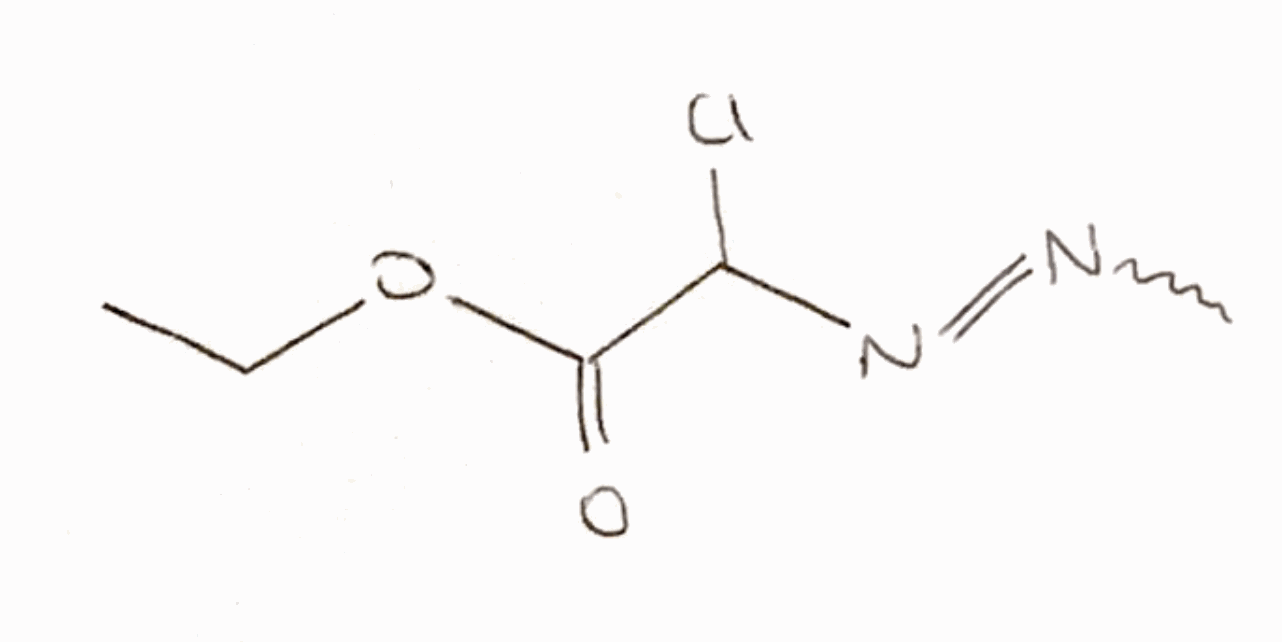
Simplified molecular-input line-entry system (SMILES) notation of the given molecule:
CCOC(=O)C(N=NC)Cl